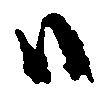
ハ